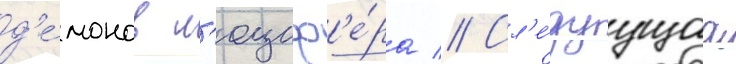
д'е́монов л'юциф'е́ра // Сл'е́дуущаа